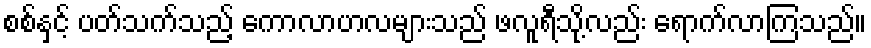
စစ်နှင့် ပတ်သက်သည့် ကောလာဟလများသည် ဖလူရီသို့လည်း ရောက်လာကြသည်။